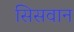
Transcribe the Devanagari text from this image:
सिसवान